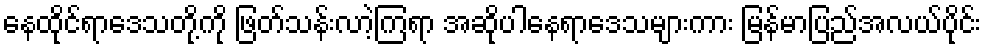
နေထိုင်ရာဒေသတို့ကို ဖြတ်သန်းလာဲ့ကြရာ အဆိုပါနေရာဒေသများကား မြန်မာပြည်အလယ်ပိုင်း